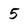
Character: 5